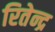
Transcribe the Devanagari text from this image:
रितेन्द्र